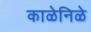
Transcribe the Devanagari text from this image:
काळेनिळे